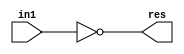
module not_gate (
    in1,
    res
);
  input [31:0] in1;
  output [31:0] res;

  assign res = ~in1;
endmodule